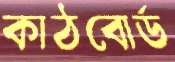
কাঠবোর্ড